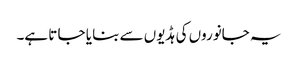
یہ جانوروں کی ہڈیوں سے بنا یا جا تا ہے۔